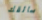
سائقك